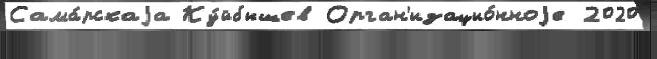
Сама́рскаjа Ку́йбышев Орган'изацио́нноjе 2020